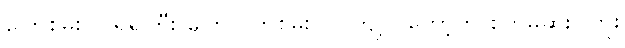
ပြောစမ်းပါ၊ ရဲရဲကြီး ပြောလိုက်စမ်း ပါ၊ ကျုပ် တော့်ကို စိတ်မဆိုးပါဘူး